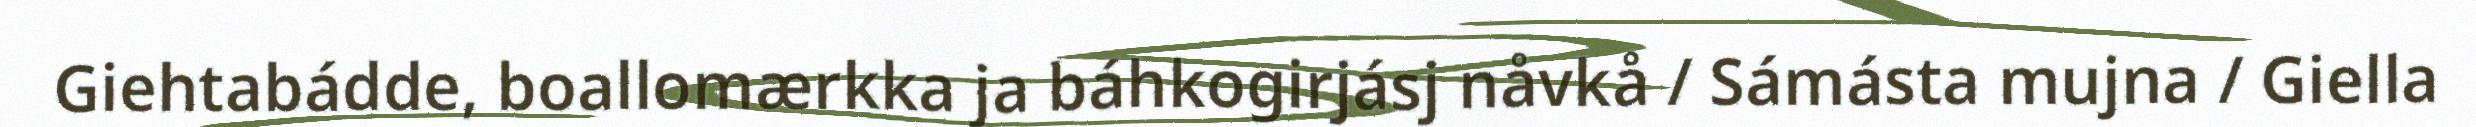
Giehtabádde, boallomærkka ja báhkogirjásj nåvkå / Sámásta mujna / Giella